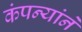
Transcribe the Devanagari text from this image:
कंपन्यांने